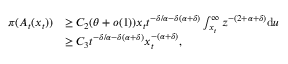
\begin{array} { r l } { \pi ( A _ { t } ( x _ { t } ) ) } & { \geq C _ { 2 } ( \theta + o ( 1 ) ) x _ { t } t ^ { - \delta / \alpha - \delta ( \alpha + \delta ) } \int _ { x _ { t } } ^ { \infty } z ^ { - ( 2 + \alpha + \delta ) } \mathrm { d } u } \\ & { \geq C _ { 3 } t ^ { - \delta / \alpha - \delta ( \alpha + \delta ) } x _ { t } ^ { - ( \alpha + \delta ) } , } \end{array}